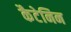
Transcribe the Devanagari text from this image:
कैटेनिन